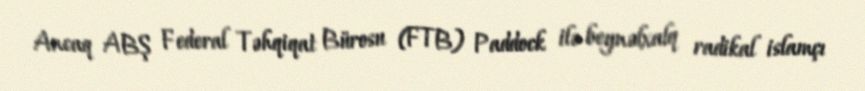
Ancaq ABŞ Federal Təhqiqat Bürosu (FTB) Paddock ilə beynəlxalq radikal islamçı